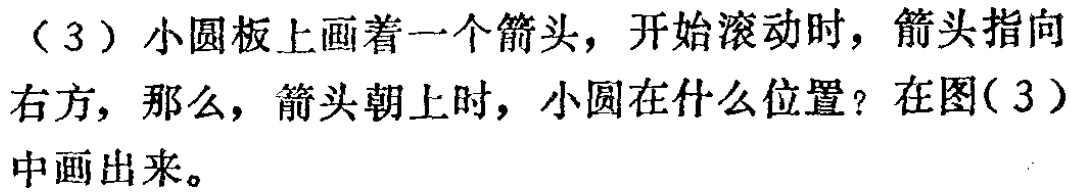
（3）小圆板上画着一个箭头，开始滚动时，箭头指向右方，那么，箭头朝上时，小圆在什么位置？在图(3）中画出来。